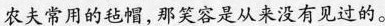
农夫常用的毡帽，那笑容是从来没有见过的。